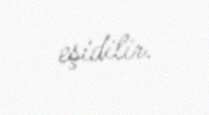
eşidilir.